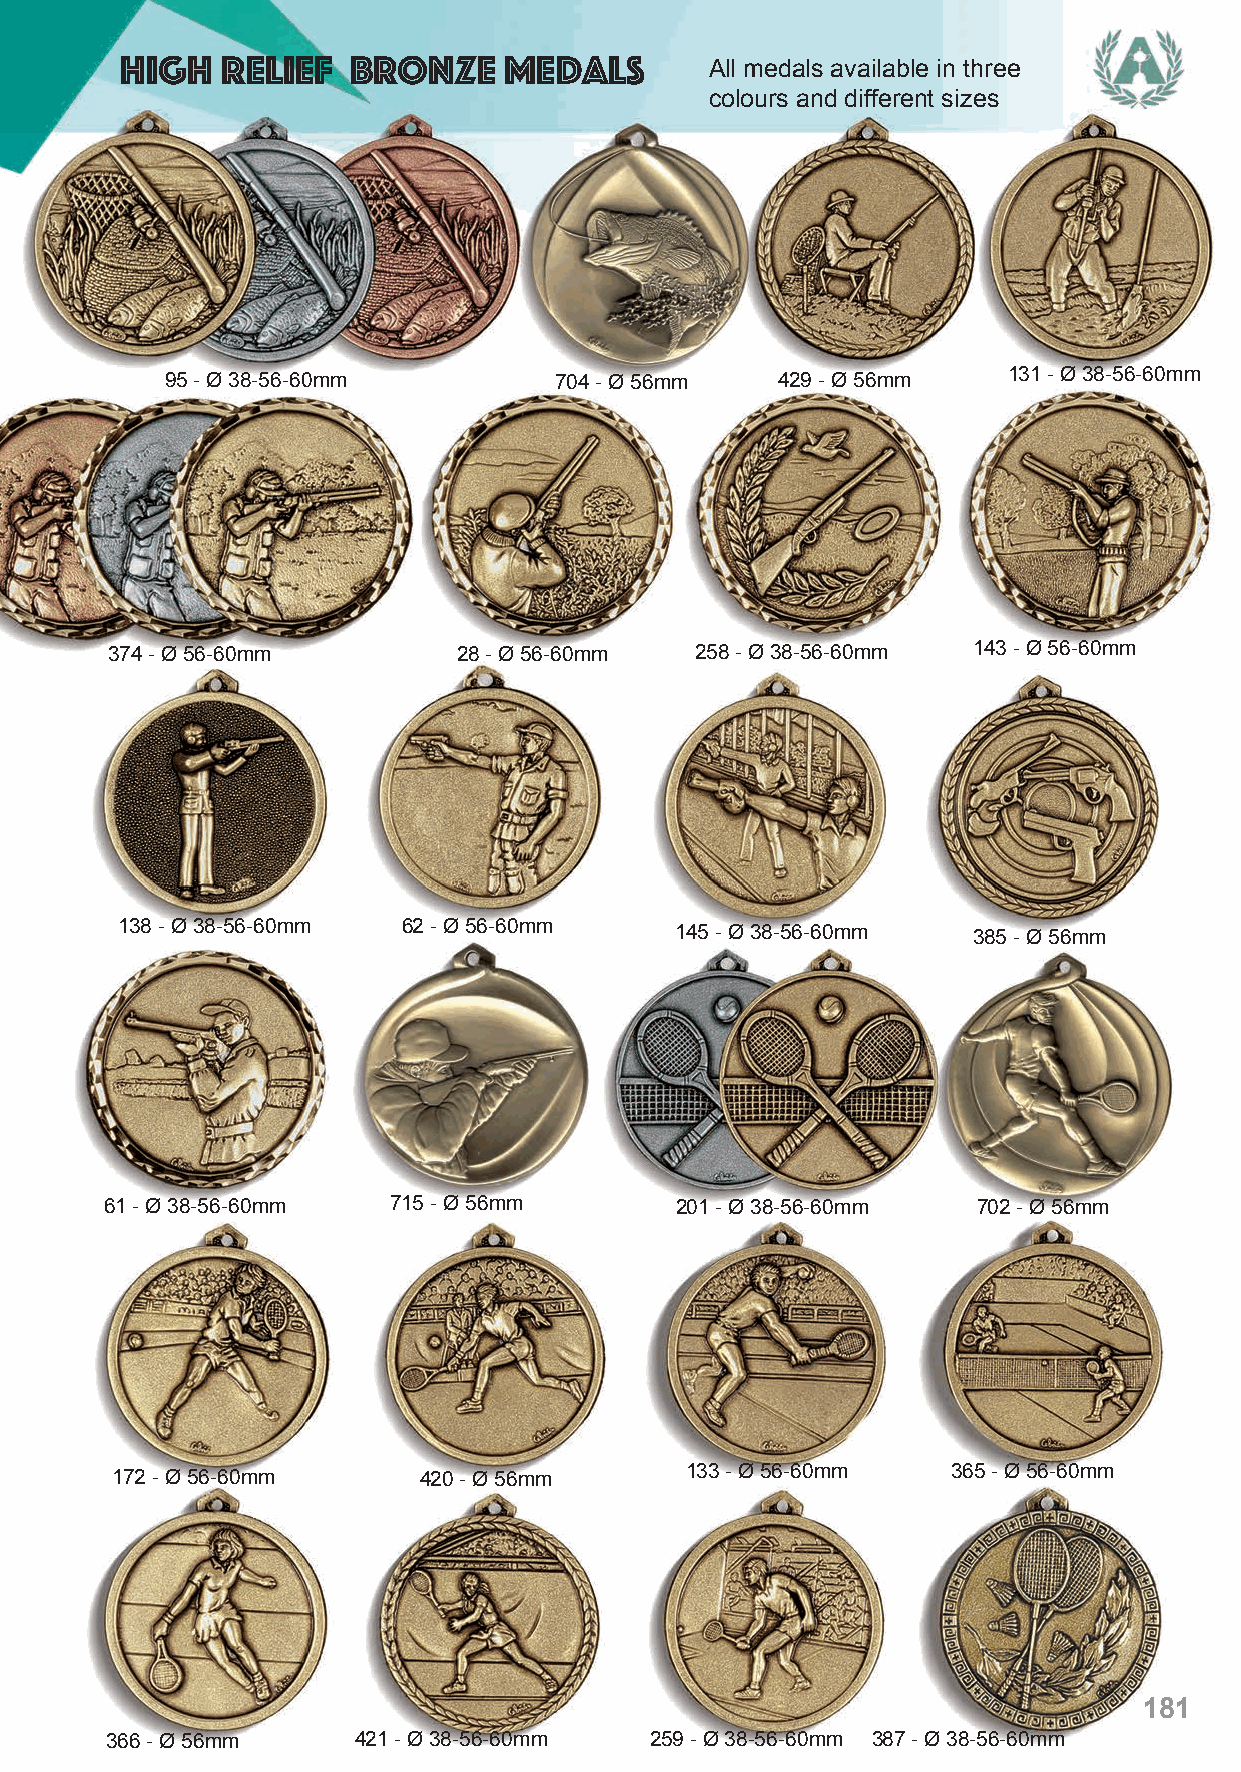
High   Relief  Bronze    Medals        All medals available in three
 colours and different sizes
 95 - Ø 38-56-60mm         704 - Ø 56mm  429 - Ø 56mm    131 - Ø 38-56-60mm
 374 - Ø 56-60mm        28 - Ø 56-60mm  258 - Ø 38-56-60mm 143 - Ø 56-60mm
 138 - Ø 38-56-60mm 62 - Ø 56-60mm    145 - Ø 38-56-60mm 385 - Ø 56mm
 61 - Ø 38-56-60mm  715 - Ø 56mm       201 - Ø 38-56-60mm  702 - Ø 56mm
 172 - Ø 56-60mm      420 - Ø 56mm     133 - Ø 56-60mm   365 - Ø 56-60mm
 181
 366 - Ø 56mm    421 - Ø 38-56-60mm  259 - Ø 38-56-60mm 387 - Ø 38-56-60mm